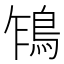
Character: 𩿞